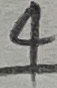
Text: 4